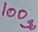
Text: 100Ω